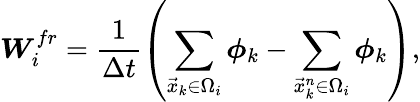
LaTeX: \boldsymbol{W}_{i}^{fr}=\frac{1}{\Delta t}\left(\sum_{\vec{x}_{k}\in\Omega_{i}}\boldsymbol{\phi}_{k}-\sum_{\vec{x}_{k}^{n}\in\Omega_{i}}\boldsymbol{\phi}_{k}\right),